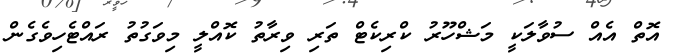
އޮތް އެއް ސުވާލަކީ މަޝްހޫރު ކްރިކެޓް ތަރި ވިރާތު ކޮއްލީ މިވަގުތު ރައްޓެހިވެގެން